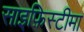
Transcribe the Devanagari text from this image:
साइफ़िस्टीमा